Document type: Emphyteutic lease
Year: 1473
Scribe: [Unknown]
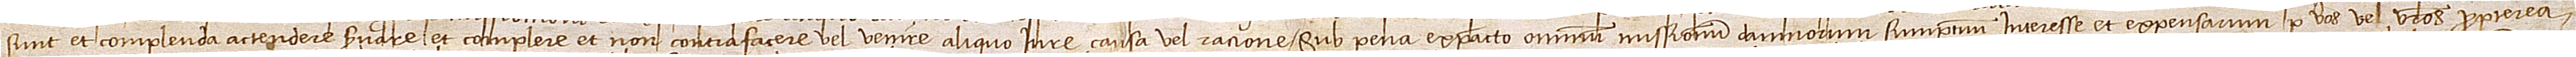
sunt et complenda actendere, servare et complere et non contrafacere vel venire aliquo iure, causa vel ratione, sub pena ex pacto omnium missionum, damnorum, sumptum, interesse et expensarum per vos vel vestros propterea